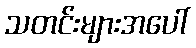
သတင်းများအပေါ်